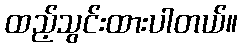
ထည့်သွင်းထားပါတယ်။